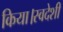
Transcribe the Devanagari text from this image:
किया।स्वदेशी